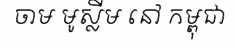
ចាម មូស្លីម នៅ កម្ពុជា